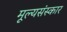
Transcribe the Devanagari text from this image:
मूल्यसंस्कार